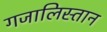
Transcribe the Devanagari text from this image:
गजालिस्तान